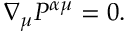
\nabla _ { \mu } P ^ { \alpha \mu } = 0 .